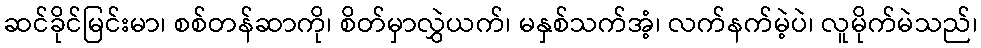
ဆင်ခိုင်မြင်းမာ၊ စစ်တန်ဆာကို၊ စိတ်မှာလွှဲယက်၊ မနှစ်သက်အံ့၊ လက်နက်မဲ့ပဲ၊ လူမိုက်မဲသည်၊